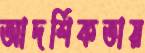
আদর্শিকতায়